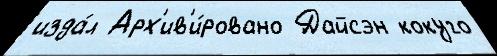
изда́л Арх'ив'и́ровано Дайсэн кокуго